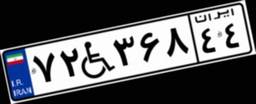
۲۹W۵۸۱۸۰